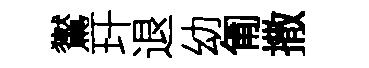
鸑玕退幼匍撒